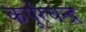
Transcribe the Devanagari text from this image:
कर्पूरचन्द्र